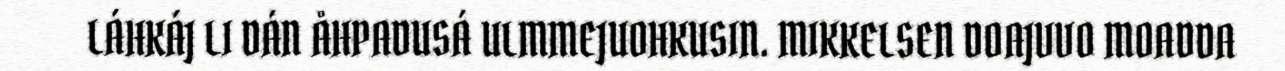
LÁHKÁJ LI DÁN ÅHPADUSÁ ULMMEJUOHKUSIN. MIKKELSEN DOAJVVO MOADDA